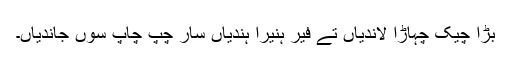
بڑا چیک چہاڑا لاندیاں تے فیر ہنیرا ہُندیاں سار چُپ چاپ سوں جاندیاں۔